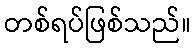
တစ်ရပ်ဖြစ်သည်။